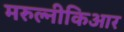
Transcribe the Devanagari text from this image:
मरुल्नीकिआर